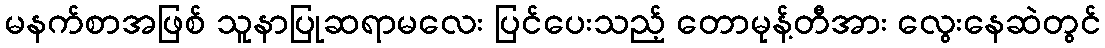
မနက်စာအဖြစ် သူနာပြုဆရာမလေး ပြင်ပေးသည့် တောမုန့်တီအား လွေးနေဆဲတွင်